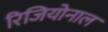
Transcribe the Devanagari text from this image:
रिजियोनाल